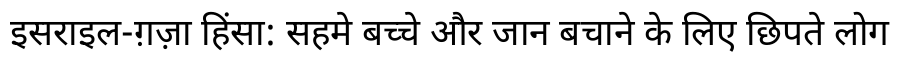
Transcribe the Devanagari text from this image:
इसराइल-ग़ज़ा हिंसा: सहमे बच्चे और जान बचाने के लिए छिपते लोग